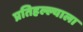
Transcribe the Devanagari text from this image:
प्रतिहल्ल्याला